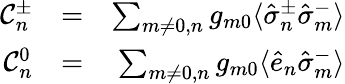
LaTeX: \begin{array}{rlr}{{\cal C}_{n}^{\pm}}&{=}&{\sum_{m\neq 0,n}g_{m0}\langle\hat{\sigma}_{n}^{\pm}\hat{\sigma}_{m}^{-}\rangle}\\ {{\cal C}_{n}^{0}}&{=}&{\sum_{m\neq 0,n}g_{m0}\langle\hat{e}_{n}\hat{\sigma}_{m}^{-}\rangle}\end{array}